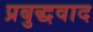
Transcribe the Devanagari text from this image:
प्रबुद्धवाद